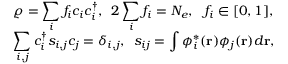
\begin{array} { l } { { \displaystyle \varrho = \sum _ { i } f _ { i } c _ { i } c _ { i } ^ { \dagger } , ~ ~ } { \displaystyle 2 \sum _ { i } f _ { i } = N _ { e } , ~ ~ f _ { i } \in [ 0 , 1 ] , } } \\ { { \displaystyle \sum _ { i , j } c _ { i } ^ { \dagger } s _ { i , j } c _ { j } = \delta _ { i , j } , ~ ~ } { \displaystyle s _ { i j } = \int \phi _ { i } ^ { * } ( { \bf r } ) \phi _ { j } ( { \bf r } ) d { \bf r } } , } \end{array}